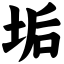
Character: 垢